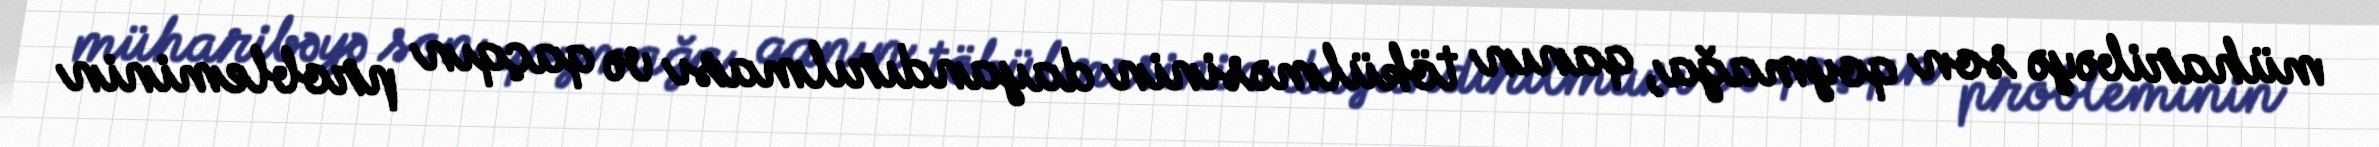
müharibəyə son qoymağa, qanın tökülməsinin dayandırılması və qaçqın probleminin